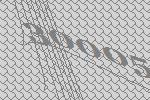
30005